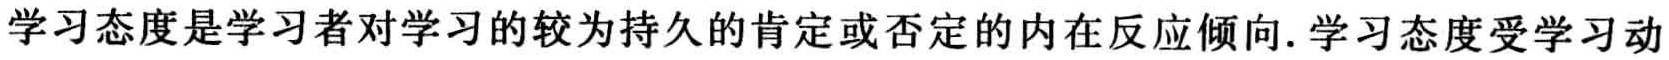
学习态度是学习者对学习的较为持久的肯定或否定的内在反应倾向. 学习态度受学习动